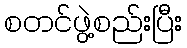
စတင်ဖွဲ့စည်းပြီး